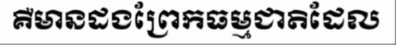
គឺមានដងព្រែកធម្មជាតិដែល